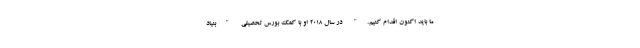
ما باید اکنون اقدام کنیم." در سال 2018 او با کمک بورس تحصیلی "بنیاد